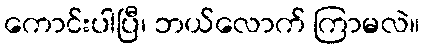
ကောင်းပါပြီ၊ ဘယ်လောက် ကြာမလဲ။